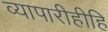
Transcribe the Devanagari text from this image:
व्यापारीहीहि